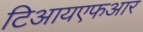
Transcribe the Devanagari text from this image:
टिआयएफआर